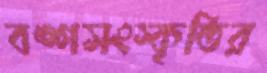
বঙ্গসংস্কৃতির